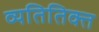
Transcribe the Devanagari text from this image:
व्यतितिक्त